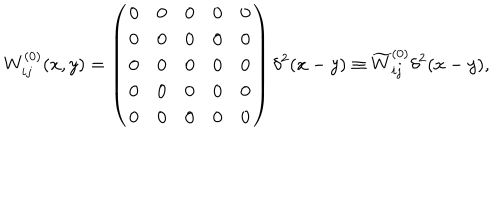
W _ { i j } ^ { ( 0 ) } ( x , y ) = \left( \begin{array} { c c c c c } { { 0 } } & { { 0 } } & { { 0 } } & { { 0 } } & { { 0 } } \\ { { 0 } } & { { 0 } } & { { 0 } } & { { 0 } } & { { 0 } } \\ { { 0 } } & { { 0 } } & { { 0 } } & { { 0 } } & { { 0 } } \\ { { 0 } } & { { 0 } } & { { 0 } } & { { 0 } } & { { 0 } } \\ { { 0 } } & { { 0 } } & { { 0 } } & { { 0 } } & { { 0 } } \\ \end{array} \right) \delta ^ { 2 } ( x - y ) \equiv \widetilde { W } _ { i j } ^ { ( 0 ) } \delta ^ { 2 } ( x - y ) ,